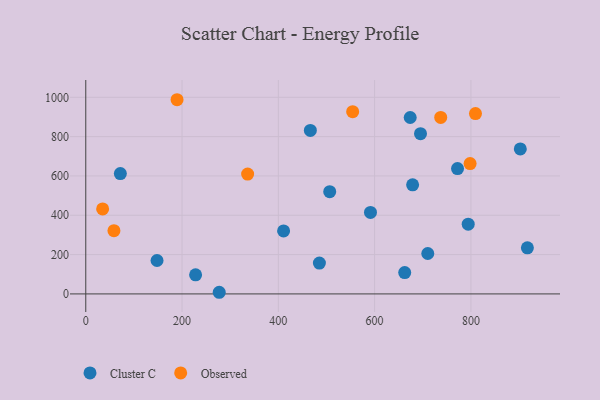
{"axis": {"x": "Speed", "y": "Demand"}, "legend": ["Cluster C", "Observed"], "data": [{"x": "228.1", "y": 97.3, "type": "Cluster C"}, {"x": "148.0", "y": 169.9, "type": "Cluster C"}, {"x": "277.2", "y": 8.3, "type": "Cluster C"}, {"x": "410.9", "y": 320.2, "type": "Cluster C"}, {"x": "710.4", "y": 205.6, "type": "Cluster C"}, {"x": "591.4", "y": 414.3, "type": "Cluster C"}, {"x": "695.3", "y": 814.8, "type": "Cluster C"}, {"x": "506.7", "y": 520.2, "type": "Cluster C"}, {"x": "794.4", "y": 354.8, "type": "Cluster C"}, {"x": "673.9", "y": 897.2, "type": "Cluster C"}, {"x": "917.3", "y": 234.6, "type": "Cluster C"}, {"x": "902.6", "y": 737.2, "type": "Cluster C"}, {"x": "485.3", "y": 156.9, "type": "Cluster C"}, {"x": "466.5", "y": 831.7, "type": "Cluster C"}, {"x": "662.5", "y": 108.4, "type": "Cluster C"}, {"x": "772.2", "y": 637.7, "type": "Cluster C"}, {"x": "71.8", "y": 612.0, "type": "Cluster C"}, {"x": "678.9", "y": 554.6, "type": "Cluster C"}, {"x": "809.5", "y": 917.5, "type": "Observed"}, {"x": "189.6", "y": 987.7, "type": "Observed"}, {"x": "35.0", "y": 432.5, "type": "Observed"}, {"x": "58.5", "y": 321.6, "type": "Observed"}, {"x": "737.3", "y": 897.8, "type": "Observed"}, {"x": "798.3", "y": 662.7, "type": "Observed"}, {"x": "554.4", "y": 927.1, "type": "Observed"}, {"x": "336.2", "y": 609.5, "type": "Observed"}]}